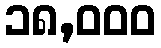
၁၈,၀၀၀